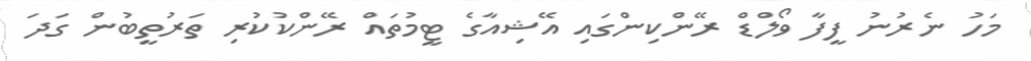
މަހު ނެރުނު ފީފާ ވޯލްޑް ރޭންކިންގައި އޭޝިއާގެ ޓީމުތައް ރޭންކުކުރި ތަރުތީބުން ގަދަ